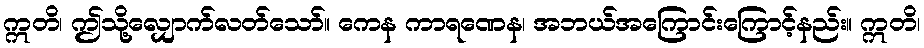
ဣတိ၊ ဤသို့လျှောက်လတ်သော်။ ကေန ကာရဏေန၊ အဘယ်အကြောင်းကြောင့်နည်း။ ဣတိ၊